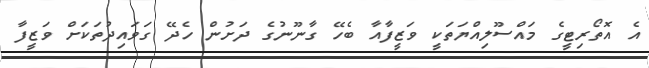
އެ އޮތޯރިޓީގެ މައްސޫލިއްޔަތަކީ ވަޒީފާއާ ބެހޭ ގާނޫނުގެ ދަށުން ހެދޭ ގަވައިދުތަކަށް ވަޒީފާ